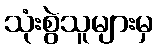
သုံးစွဲသူများမှ